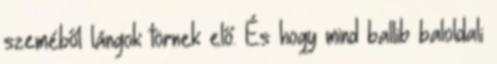
szeméből lángok törnek elő. És hogy mind ballib baloldali